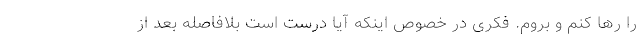
را رها کنم و بروم. فکری در خصوص اینکه آیا درست است بلافاصله بعد از